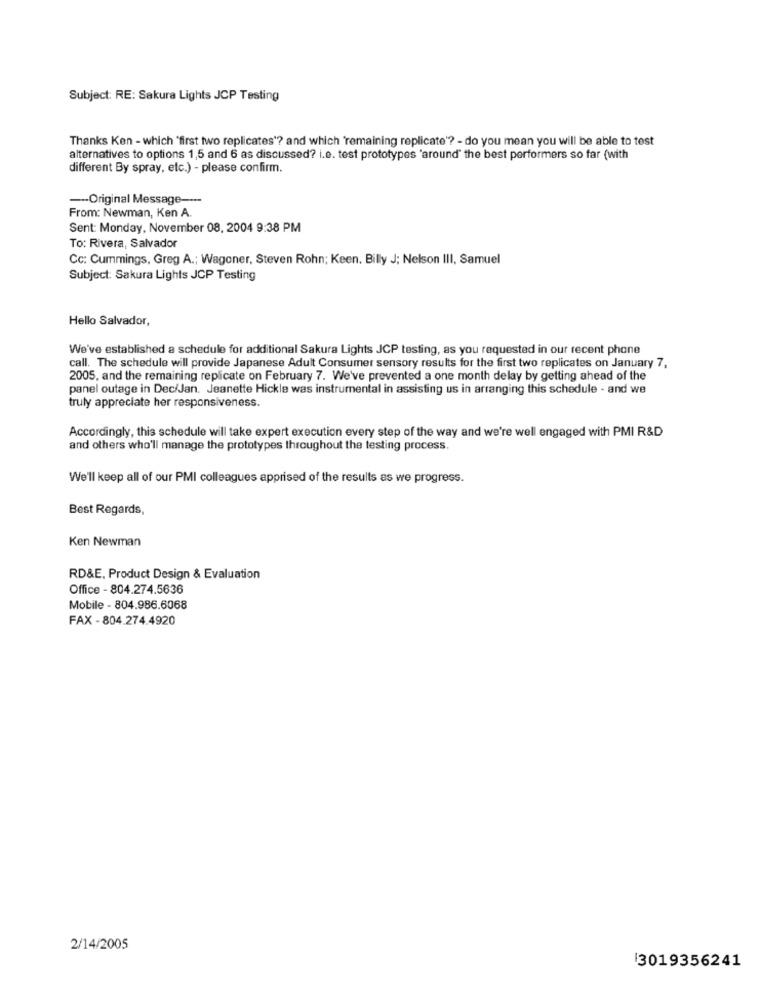
Subject: RE: Sakura Lights JCP Testing
Thanks Ken - which "first two replicates"? and which 'remaining replicate'? - do you mean you will be able to test
alternatives to options 1,5 and 6 as discussed? i.e. test prototypes 'around" the best performers so far (with
different By spray, etc.) - please confirm.
--- Original Message ---
From: Newman, Ken A.
Sent: Monday, November 08, 2004 9:38 PM
To: Rivera, Salvador
Cc: Cummings, Greg A .; Wagoner, Steven Rohn; Keen. Billy J; Nelson III, Samuel
Subject: Sakura Lights JCP Testing
Hello Salvador,
We've established a schedule for additional Sakura Lights JCP testing, as you requested in our recent phone
call. The schedule will provide Japanese Adult Consumer sensory results for the first two replicates on January 7,
2005, and the remaining replicate on February 7. We've prevented a one month delay by getting ahead of the
panel outage in Dec/Jan. Jeanette Hickle was instrumental in assisting us in arranging this schedule - and we
truly appreciate her responsiveness.
Accordingly, this schedule will take expert execution every step of the way and we're well engaged with PMI R&D
and others who'll manage the prototypes throughout the testing process.
We'll keep all of our PMI colleagues apprised of the results as we progress.
Best Regards,
Ken Newman
RD&E, Product Design & Evaluation
Office - 804.274.5636
Mobile - 804.986.6068
FAX - 804.274.4920
2/14/2005
3019356241